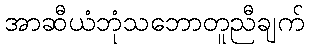
အာဆီယံဘုံသဘောတူညီချက်